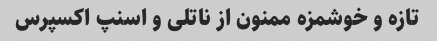
تازه و خوشمزه ممنون از ناتلی و اسنپ اکسپرس